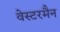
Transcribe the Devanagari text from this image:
वेस्टरमैन